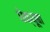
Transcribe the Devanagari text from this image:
धेक्यूबा